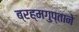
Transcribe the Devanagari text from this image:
ब्रह्मगुप्ताने